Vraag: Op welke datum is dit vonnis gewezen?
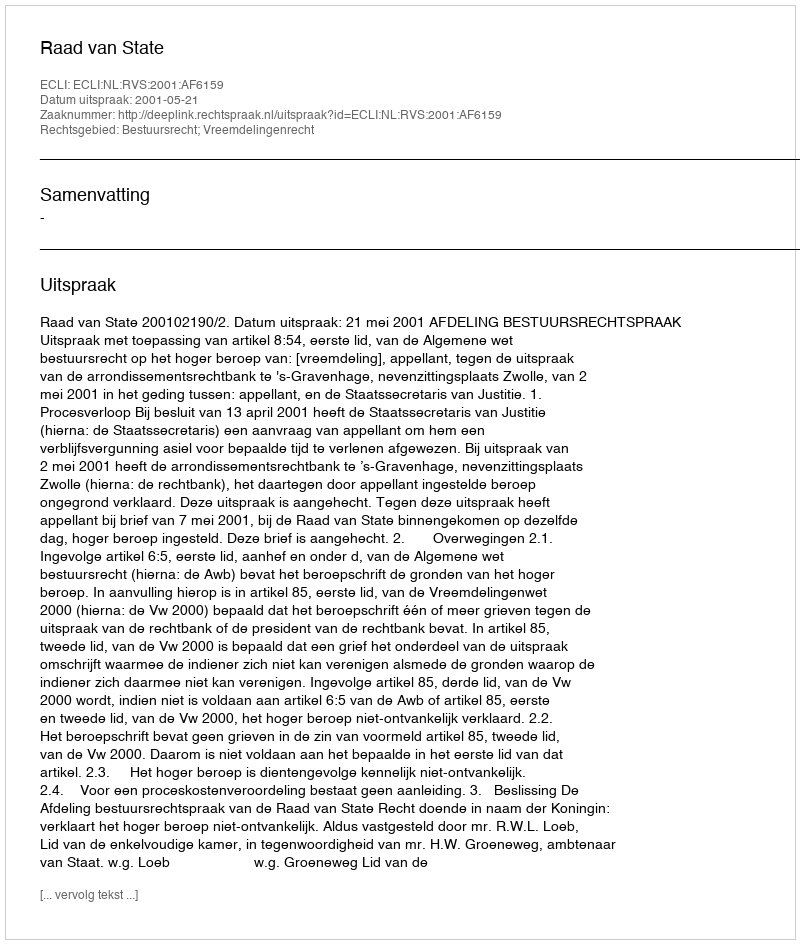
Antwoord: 2001-05-21